Indian journal of veterinary science and animal husbandry - Volume 14,
Year: 1944
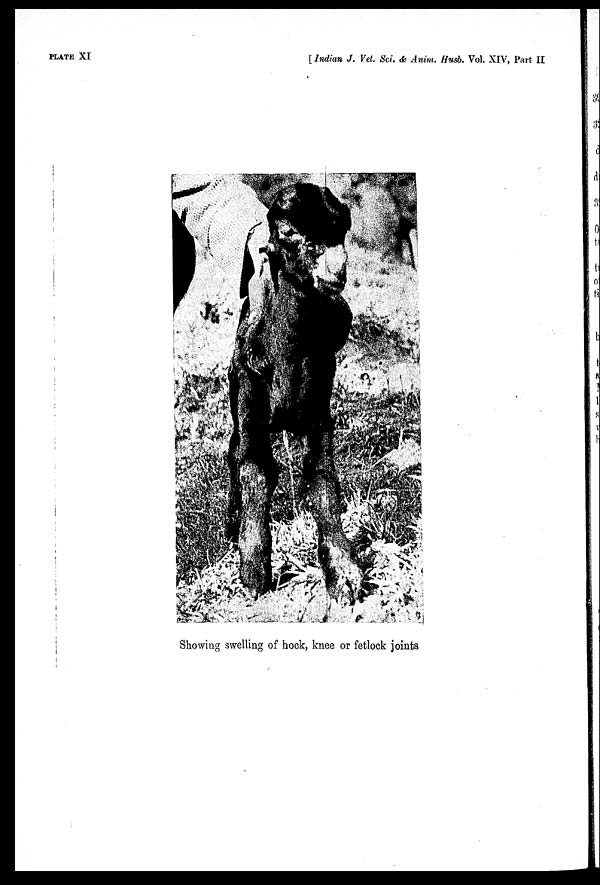
PLATE XI
[ Indian J. Vet. Sci. & Anim. Husb. Vol. XIV, Part II
Showing swelling of hock, knee or fetlock joints